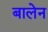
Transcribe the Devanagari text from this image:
बालेन